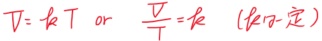
$T = kT$ or $\frac{V}{T}=k$ ($k$ 一定)